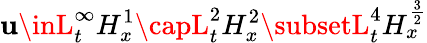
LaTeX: \mathbf{u}\inL_{t}^{\infty}H_{x}^{1}\capL_{t}^{2}H_{x}^{2}\subsetL_{t}^{4}H_{x}^{\frac{{3}}{{2}}}